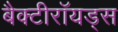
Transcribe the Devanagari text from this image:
बैक्टीरॉयड्स